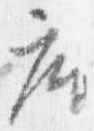
座